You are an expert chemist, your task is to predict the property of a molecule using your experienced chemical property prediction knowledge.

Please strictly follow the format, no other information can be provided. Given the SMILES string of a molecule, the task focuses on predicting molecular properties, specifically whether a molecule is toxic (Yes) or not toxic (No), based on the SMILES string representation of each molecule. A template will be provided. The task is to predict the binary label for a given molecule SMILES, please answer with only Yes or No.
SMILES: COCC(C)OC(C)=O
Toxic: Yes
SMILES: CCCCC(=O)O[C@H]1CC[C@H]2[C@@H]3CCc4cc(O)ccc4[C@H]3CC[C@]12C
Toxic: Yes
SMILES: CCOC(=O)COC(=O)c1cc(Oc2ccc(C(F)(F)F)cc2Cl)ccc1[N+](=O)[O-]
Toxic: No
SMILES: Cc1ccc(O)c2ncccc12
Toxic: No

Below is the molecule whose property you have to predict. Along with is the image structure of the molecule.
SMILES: CCCCCC1CCC(=O)O1
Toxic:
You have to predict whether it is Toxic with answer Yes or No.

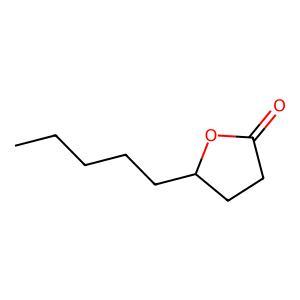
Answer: No